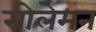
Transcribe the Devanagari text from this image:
सोलेमन